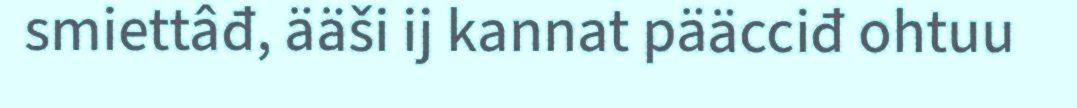
smiettâđ, ääši ij kannat pääcciđ ohtuu